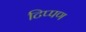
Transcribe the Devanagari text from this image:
टिप्‍पण